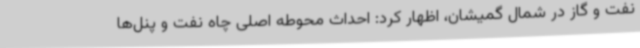
نفت و گاز در شمال گمیشان، اظهار کرد: احداث محوطه اصلی چاه نفت و پنل‌ها